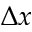
\Delta x